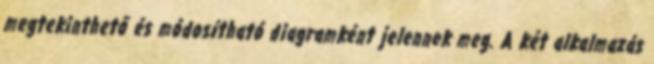
megtekinthető és módosítható diagramként jelennek meg. A két alkalmazás